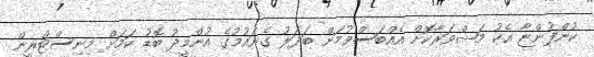
ކުންފުންޏާ އެކު މަޝްވަރާކޮށް އެއްބަސްވުމަށް ބަދަލު ގެނައުމުގެ އުންމީދު ބޮޑު ކަމަށް މިނިސްޓްރީން